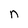
Character: n